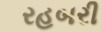
રહબરી